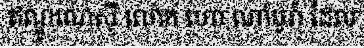
ឥណ្ឌូណេស៊ី លោក ហោ ណាំបូរ៉ា ដែល